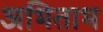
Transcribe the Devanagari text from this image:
अभिताभ